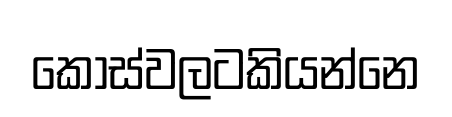
කෝස්වලටකියන්නෙ